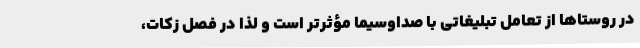
در روستاها از تعامل تبلیغاتی با صداوسیما مؤثرتر است و لذا در فصل زکات،